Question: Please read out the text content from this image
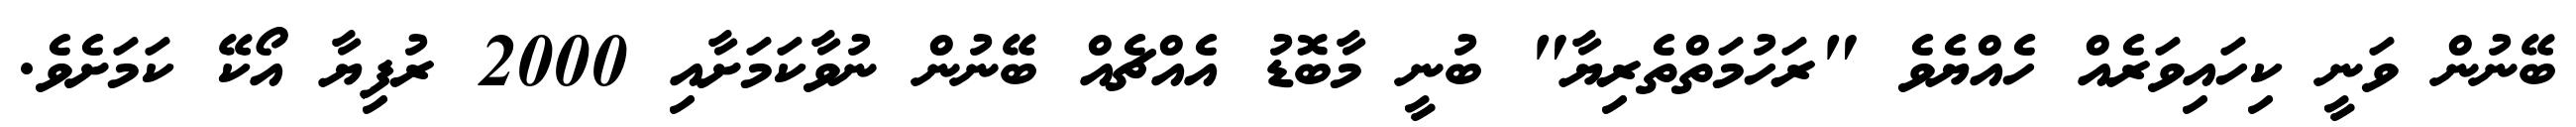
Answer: ބޭނުން ވަނީ ކިހައިވަރެއް ހެއްޔެވެ "ރަހުމަތްތެރިޔާ" ބުނީ މާބޮޑު އެއްޗެއް ބޭނުން ނުވާކަމަށާއި 2000 ރުފިޔާ އޯކޭ ކަމަށެވެ.